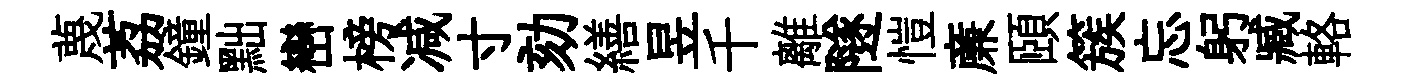
蔑荔鐘黜巒榜减寸劾繕昱千離隧愷亷頤簇忘躬臧輅